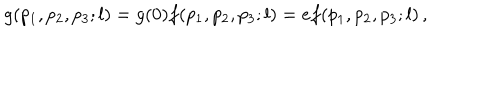
LaTeX: g ( p _ { 1 } , p _ { 2 } , p _ { 3 } ; l ) = g ( 0 ) f ( p _ { 1 } , p _ { 2 } , p _ { 3 } ; l ) = e f ( p _ { 1 } , p _ { 2 } , p _ { 3 } ; l ) \, ,